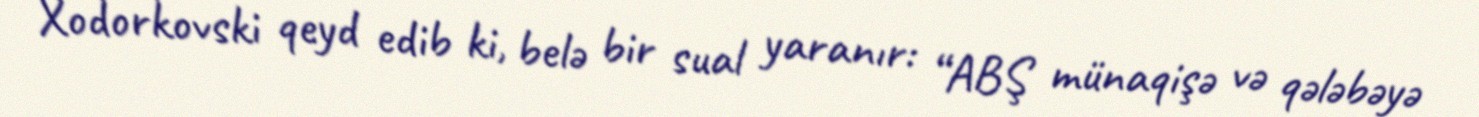
Xodorkovski qeyd edib ki, belə bir sual yaranır: “ABŞ münaqişə və qələbəyə